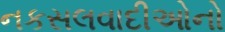
નકસલવાદીઓનો